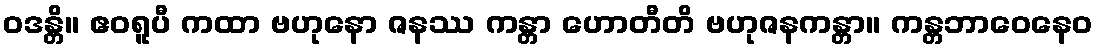
ဝဒန္တိ။ ဧဝရူပီ ကထာ ဗဟုနော ဇနဿ ကန္တာ ဟောတီတိ ဗဟုဇနကန္တာ။ ကန္တဘာဝေနေဝ